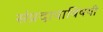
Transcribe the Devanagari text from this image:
संप्रदायाविषयी